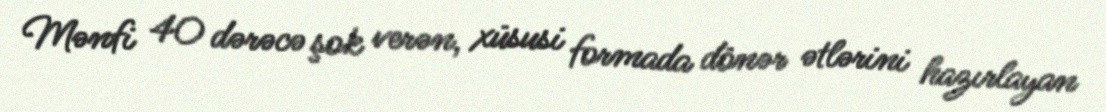
Mənfi 40 dərəcə şok verən, xüsusi formada dönər ətlərini hazırlayan